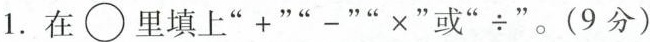
1.在\bigcirc里填上”+ _””x”或”÷”。(9分)